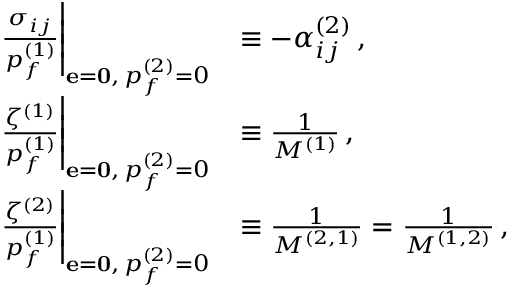
\begin{array} { r l } { \left. \frac { \sigma _ { i j } } { p _ { f } ^ { ( 1 ) } } \right| _ { { \bf { e } = \bf { 0 } } , \, p _ { f } ^ { ( 2 ) } = 0 } } & { \equiv - \alpha _ { i j } ^ { ( 2 ) } \, , } \\ { \left. \frac { \zeta ^ { ( 1 ) } } { p _ { f } ^ { ( 1 ) } } \right| _ { { \bf { e } = \bf { 0 } } , \, p _ { f } ^ { ( 2 ) } = 0 } } & { \equiv \frac { 1 } { M ^ { ( 1 ) } } \, , } \\ { \left. \frac { \zeta ^ { ( 2 ) } } { p _ { f } ^ { ( 1 ) } } \right| _ { { \bf { e } = \bf { 0 } } , \, p _ { f } ^ { ( 2 ) } = 0 } } & { \equiv \frac { 1 } { M ^ { ( 2 , 1 ) } } = \frac { 1 } { M ^ { ( 1 , 2 ) } } \, , } \end{array}